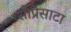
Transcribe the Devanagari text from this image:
सोप्रेसाटा